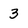
Character: 3